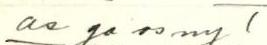
as. ja os. nyT